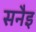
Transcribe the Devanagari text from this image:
सनैइ